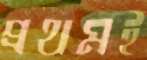
প্রথমই